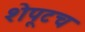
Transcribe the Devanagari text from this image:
शेपूटच